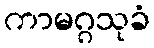
ကာမဂ္ဂသုခံ